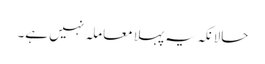
حالانکہ یہ پہلا معاملہ نہیں ہے۔